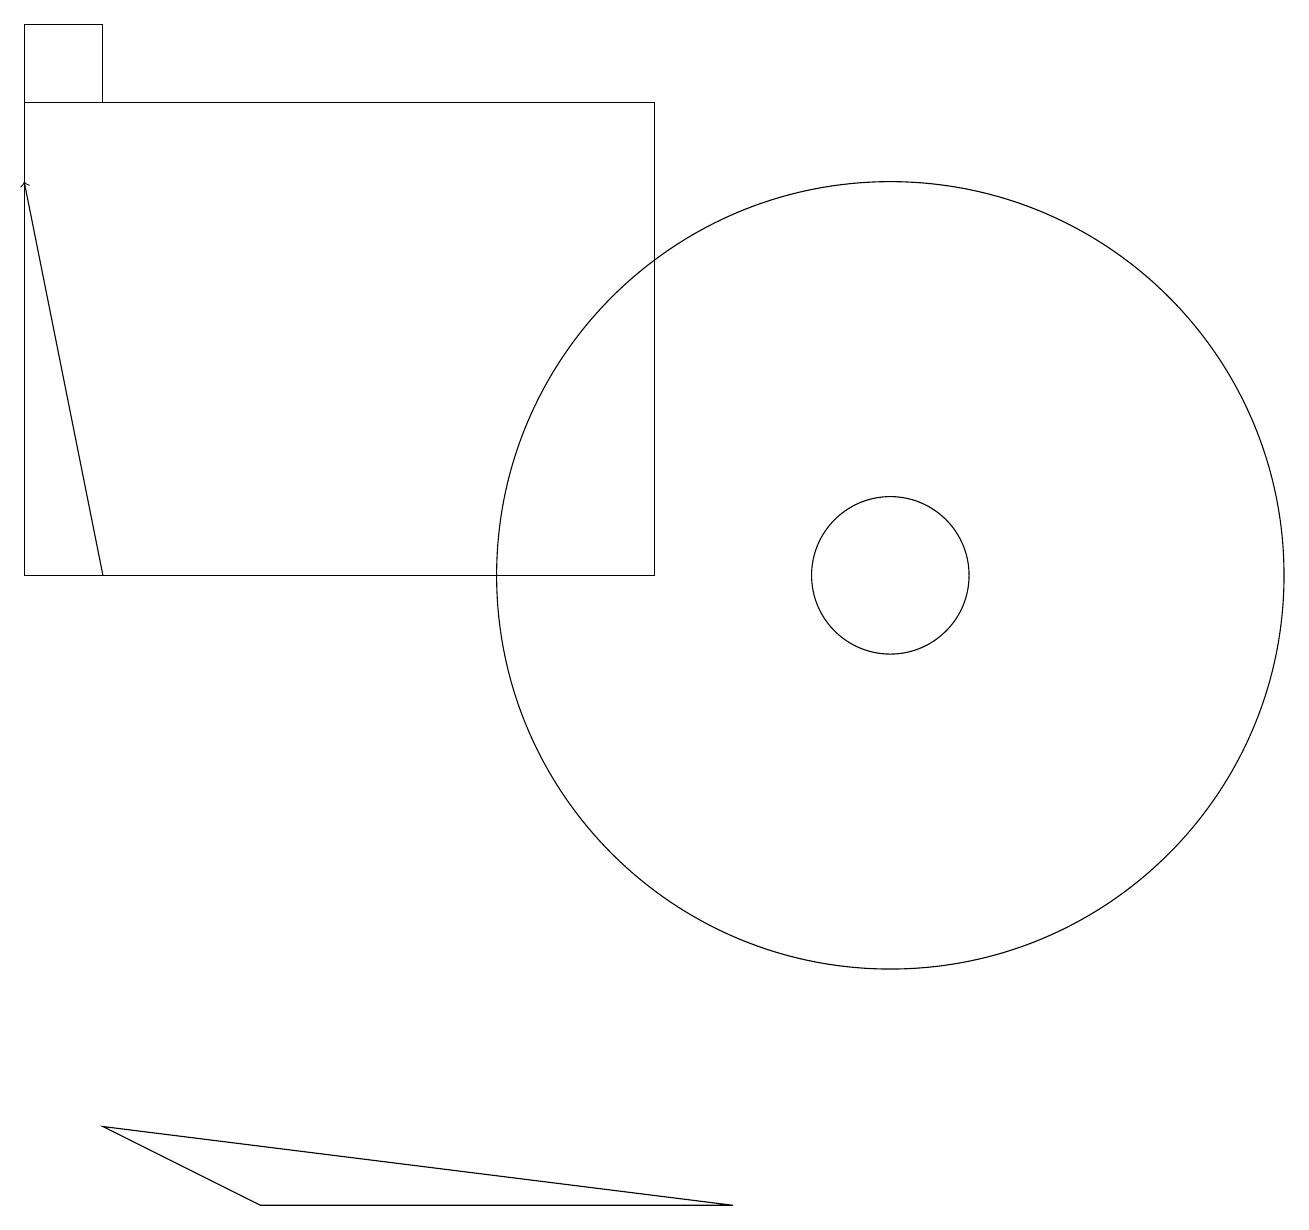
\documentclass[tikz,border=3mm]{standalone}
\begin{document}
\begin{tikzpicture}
\draw (8,10) rectangle (0,16);
\draw[->] (1,10) -- (0,15);
\draw (11,10) circle (1);
\draw (0,17) rectangle (1,16);
\draw (11,10) circle (5);
\draw (9,2) -- (3,2) -- (1,3) -- cycle;
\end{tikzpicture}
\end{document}